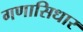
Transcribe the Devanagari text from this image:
गणासिधार